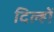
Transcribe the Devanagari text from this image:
दिल्हों